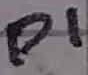
Text: P1